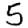
Digit: 5